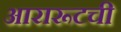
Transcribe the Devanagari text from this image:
आरारूटची